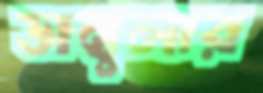
ডাম্বুলার